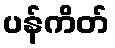
ပန်ကိတ်